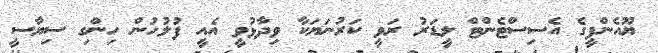
ޔޫއެންޕީގެ އެސިސްޓެންޓް ލީޑަރު ރަވީ ކަރުނަޔަކާ ވިދާޅުވީ އެއީ ފުލުހުން ހިންގި ސިޔާސީ